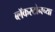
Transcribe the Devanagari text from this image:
ब्लॅकस्टोनच्या